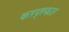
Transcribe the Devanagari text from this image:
करप्रकार